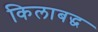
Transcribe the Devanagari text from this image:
किलाबद्ध